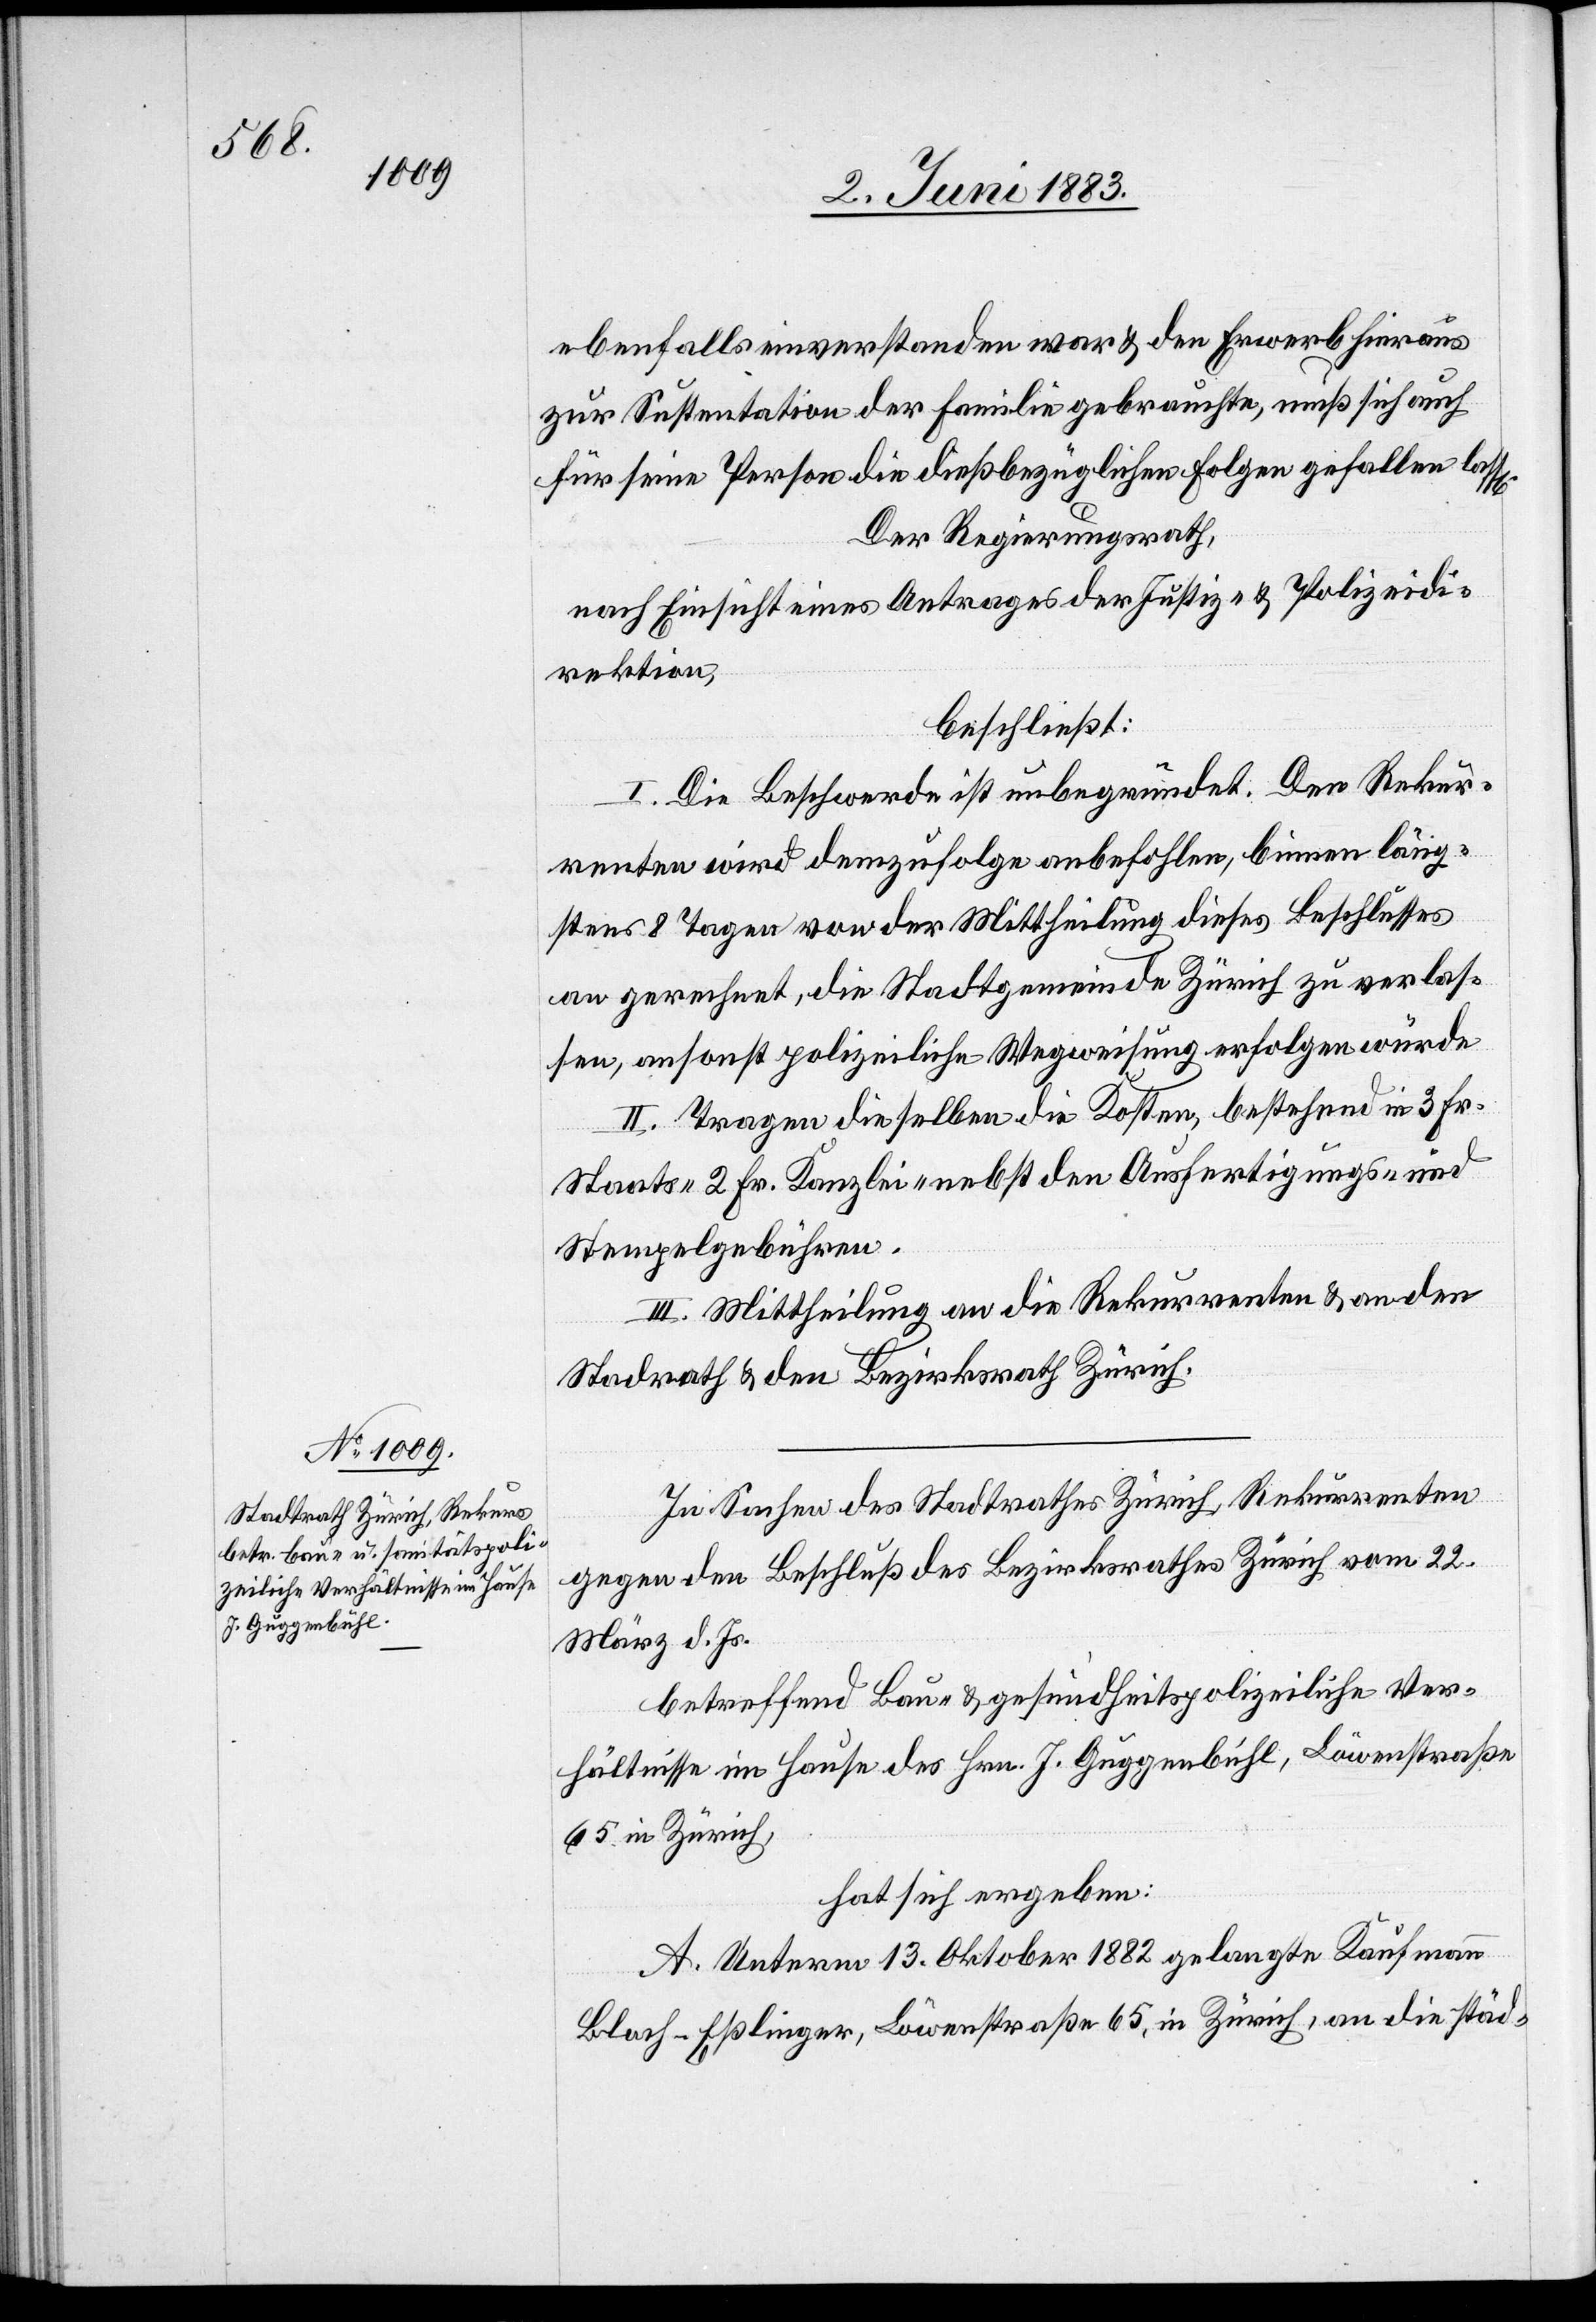
n].

ebenfalls einverstanden war & den Erwerb hieraus
zur Sustentation der Familie gebrauchte, muß sich auch
für seine Person die dießbezüglichen Folgen gefallen lass[e¬
Der Regierungsrath,
nach Einsicht eines Antrages der Justiz- & Polizeidi¬
rektion,
beschließt:
I. Die Beschwerde ist unbegründet. Den Rekur¬
renten wird demzufolge anbefohlen, binnen läng¬
stens 8 Tagen von der Mittheilung dieses Beschlusses
an gerechnet, die Stadtgemeinde Zürich zu verlas¬
sen, ansonst polizeiliche Wegweisung erfolgen würde.
II. Tragen dieselben die Kosten, bestehend in 3 Fr.
Staats-[,] 2 Fr. Kanzlei- nebst den Ausfertigungs- und
Stempelgebühren.
III. Mittheilung an die Rekurrenten & an den
Stadtrath & den Bezirksrath Zürich.
In Sachen des Stadtrathes Zürich, Rekurrenten
gegen den Beschluß des Bezirksrathes Zürich vom 22.
März d. Js.
betreffend Bau- & gesundheitliche Ver¬
hältnisse im Hause des Hrn. J. Guggenbühl, Löwenstraße
65. in Zürich,
hat sich ergeben:
A. Unterm 13. Oktober 1882 gelangte Kaufmann
Bloch-Eßlinger, Löwenstraße 65, in Zürich, an die städ-